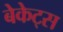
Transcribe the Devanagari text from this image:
बेकेट्स